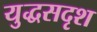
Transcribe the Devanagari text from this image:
युद्धसदृश